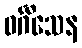
ဝင်္ဂီသေန